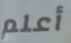
أعلم